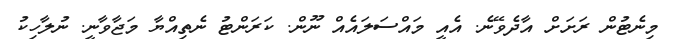
މިނެޓުން ރަށަށް އާދެވޭނެ. އެއީ މައްސަލައެއް ނޫން. ކަރަންޓު ނެތިއްޔާ މަޖާވާނީ. ނުލާހިކު